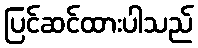
ပြင်ဆင်ထားပါသည်